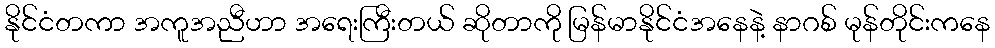
နိုင်ငံတကာ အကူအညီဟာ အရေးကြီးတယ် ဆိုတာကို မြန်မာနိုင်ငံအနေနဲ့ နာဂစ် မုန်တိုင်းကနေ